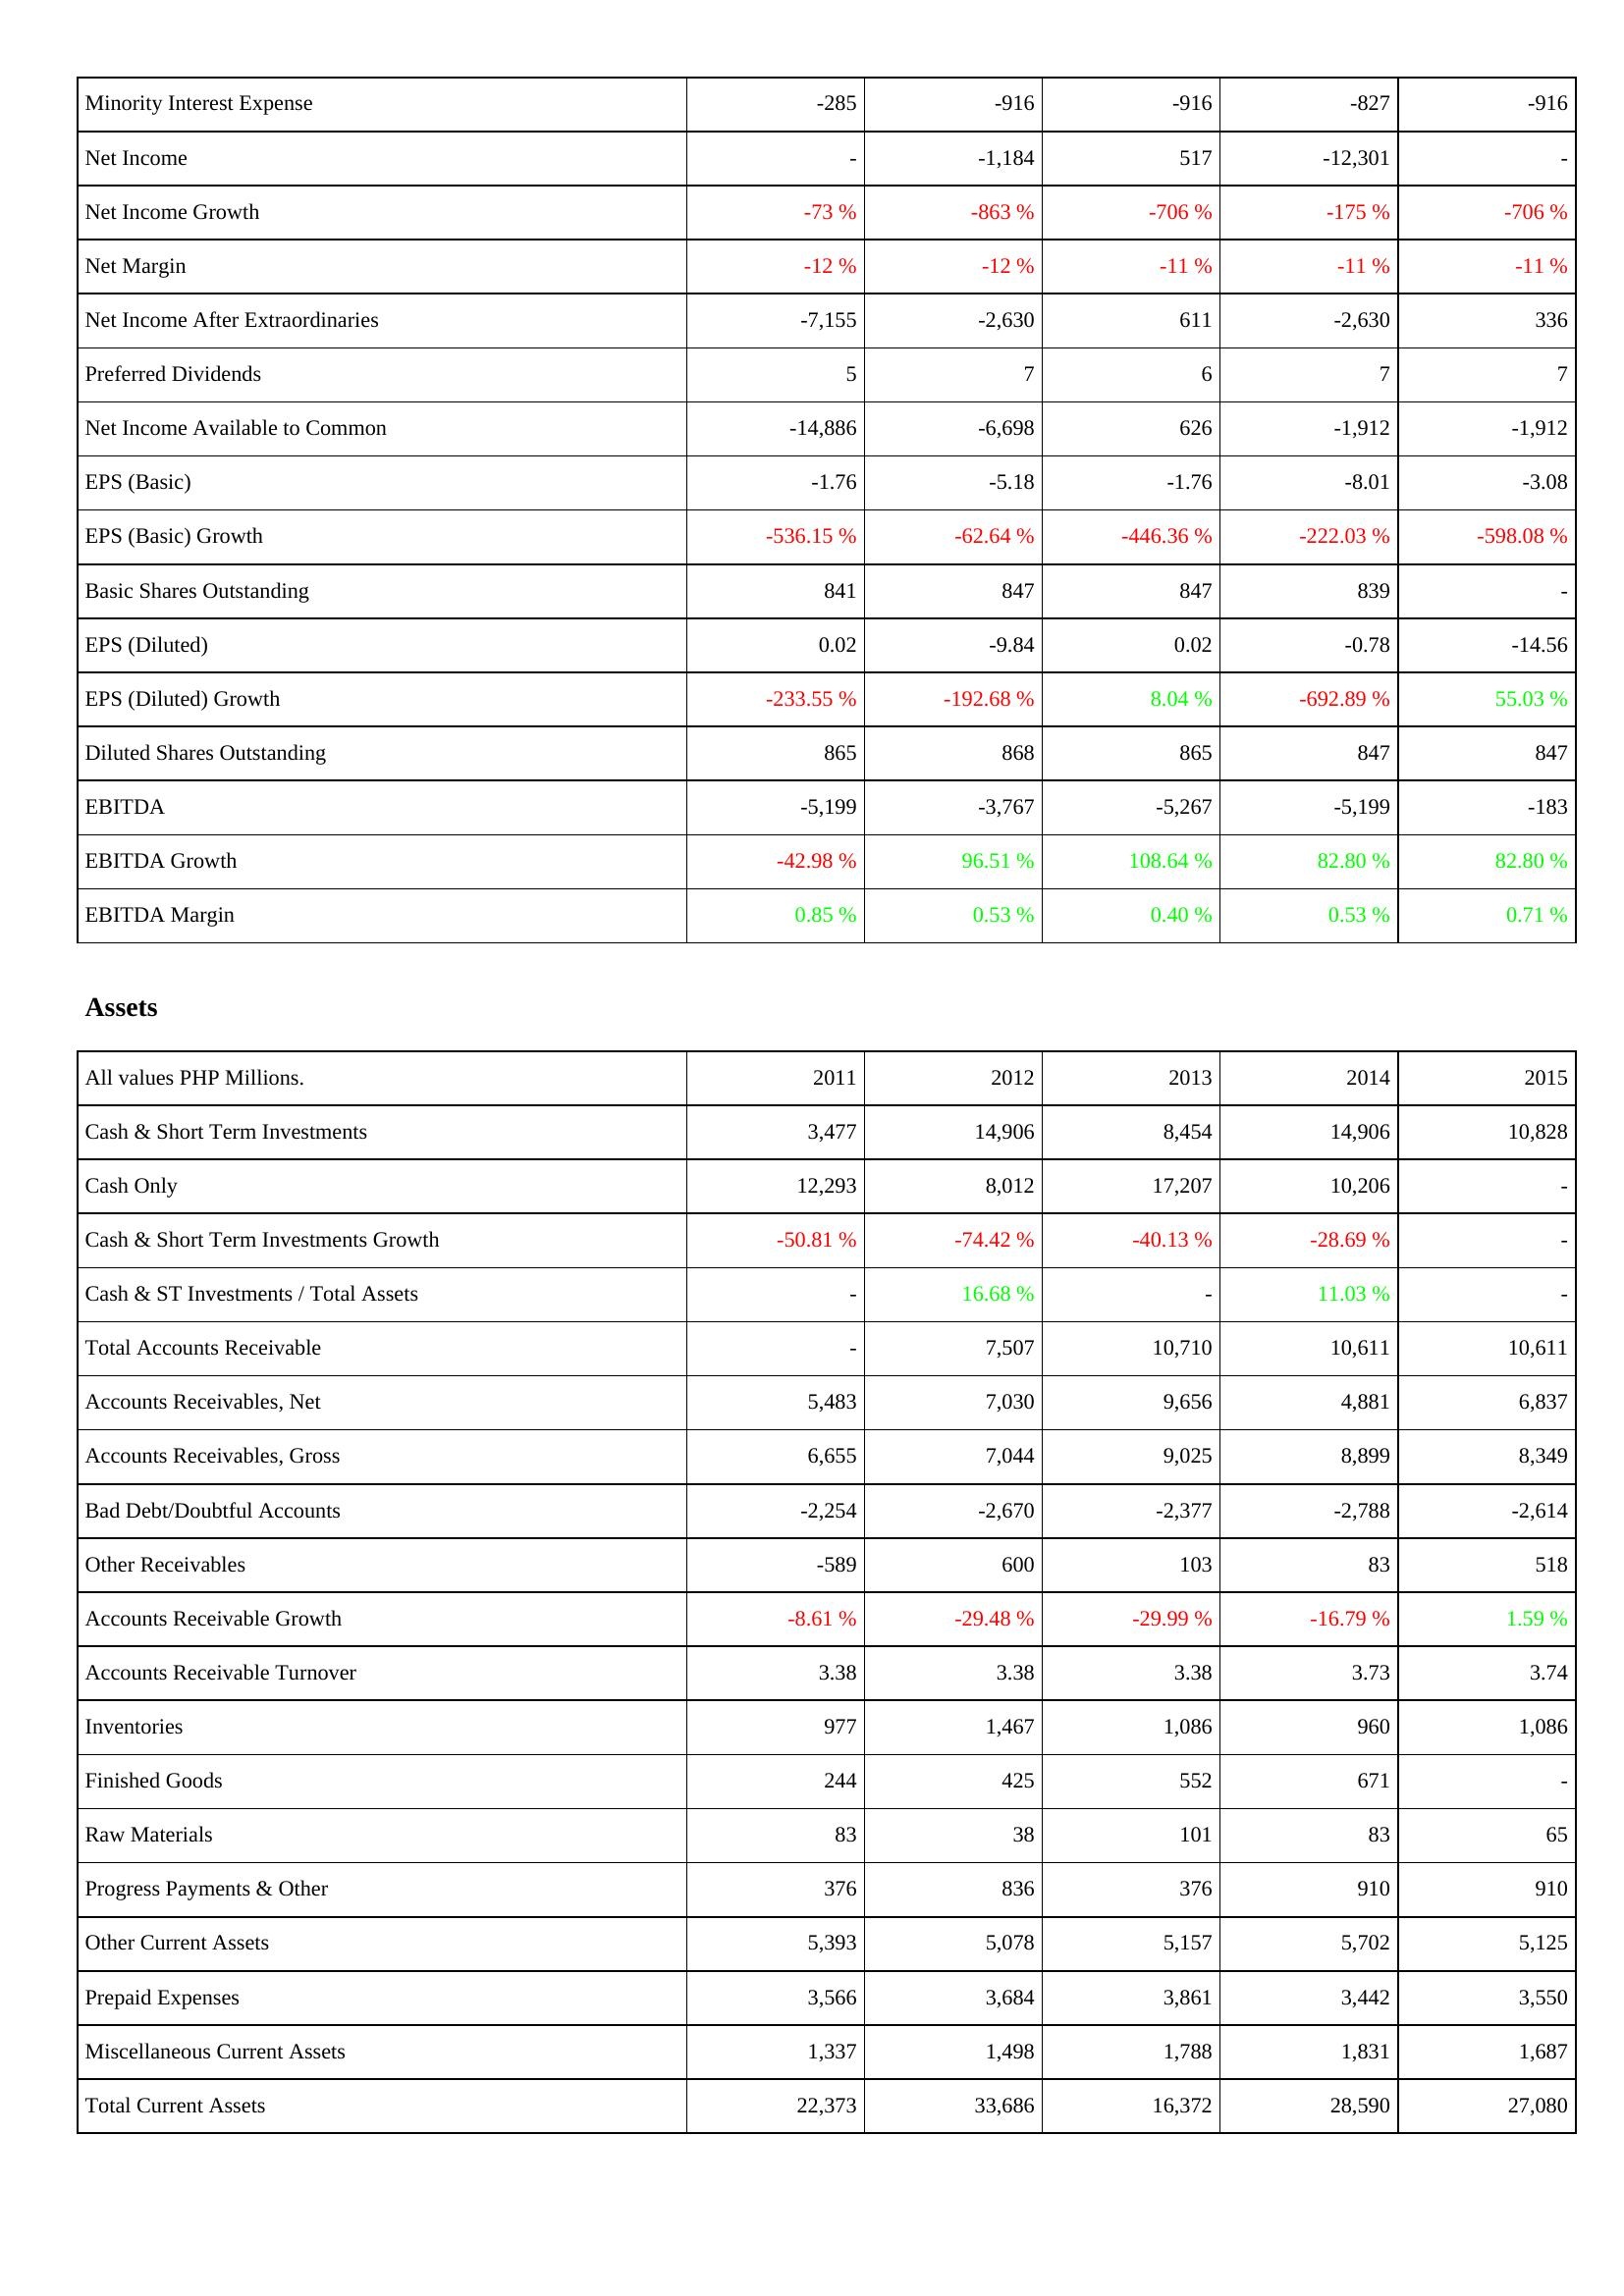
2011: Income Statement: Minority Interest Expense: -285
Net Income: -
Net Income Growth: -73 %
Net Margin: -12 %
Net Income After Extraordinaries: -7,155
Preferred Dividends: 5
Net Income Available to Common: -14,886
EPS (Basic): -1.76
EPS (Basic) Growth: -536.15 %
Basic Shares Outstanding: 841
EPS (Diluted): 0.02
EPS (Diluted) Growth: -233.55 %
Diluted Shares Outstanding: 865
EBITDA: -5,199
EBITDA Growth: -42.98 %
EBITDA Margin: 0.85 %
Assets: Cash & Short Term Investments: 3,477
Cash Only: 12,293
Cash & Short Term Investments Growth: -50.81 %
Cash & ST Investments / Total Assets: -
Total Accounts Receivable: -
Accounts Receivables, Net: 5,483
Accounts Receivables, Gross: 6,655
Bad Debt/Doubtful Accounts: -2,254
Other Receivables: -589
Accounts Receivable Growth: -8.61 %
Accounts Receivable Turnover: 3.38
Inventories: 977
Finished Goods: 244
Raw Materials: 83
Progress Payments & Other: 376
Other Current Assets: 5,393
Prepaid Expenses: 3,566
Miscellaneous Current Assets: 1,337
Total Current Assets: 22,373
2012: Income Statement: Minority Interest Expense: -916
Net Income: -1,184
Net Income Growth: -863 %
Net Margin: -12 %
Net Income After Extraordinaries: -2,630
Preferred Dividends: 7
Net Income Available to Common: -6,698
EPS (Basic): -5.18
EPS (Basic) Growth: -62.64 %
Basic Shares Outstanding: 847
EPS (Diluted): -9.84
EPS (Diluted) Growth: -192.68 %
Diluted Shares Outstanding: 868
EBITDA: -3,767
EBITDA Growth: 96.51 %
EBITDA Margin: 0.53 %
Assets: Cash & Short Term Investments: 14,906
Cash Only: 8,012
Cash & Short Term Investments Growth: -74.42 %
Cash & ST Investments / Total Assets: 16.68 %
Total Accounts Receivable: 7,507
Accounts Receivables, Net: 7,030
Accounts Receivables, Gross: 7,044
Bad Debt/Doubtful Accounts: -2,670
Other Receivables: 600
Accounts Receivable Growth: -29.48 %
Accounts Receivable Turnover: 3.38
Inventories: 1,467
Finished Goods: 425
Raw Materials: 38
Progress Payments & Other: 836
Other Current Assets: 5,078
Prepaid Expenses: 3,684
Miscellaneous Current Assets: 1,498
Total Current Assets: 33,686
2013: Income Statement: Minority Interest Expense: -916
Net Income: 517
Net Income Growth: -706 %
Net Margin: -11 %
Net Income After Extraordinaries: 611
Preferred Dividends: 6
Net Income Available to Common: 626
EPS (Basic): -1.76
EPS (Basic) Growth: -446.36 %
Basic Shares Outstanding: 847
EPS (Diluted): 0.02
EPS (Diluted) Growth: 8.04 %
Diluted Shares Outstanding: 865
EBITDA: -5,267
EBITDA Growth: 108.64 %
EBITDA Margin: 0.40 %
Assets: Cash & Short Term Investments: 8,454
Cash Only: 17,207
Cash & Short Term Investments Growth: -40.13 %
Cash & ST Investments / Total Assets: -
Total Accounts Receivable: 10,710
Accounts Receivables, Net: 9,656
Accounts Receivables, Gross: 9,025
Bad Debt/Doubtful Accounts: -2,377
Other Receivables: 103
Accounts Receivable Growth: -29.99 %
Accounts Receivable Turnover: 3.38
Inventories: 1,086
Finished Goods: 552
Raw Materials: 101
Progress Payments & Other: 376
Other Current Assets: 5,157
Prepaid Expenses: 3,861
Miscellaneous Current Assets: 1,788
Total Current Assets: 16,372
2014: Income Statement: Minority Interest Expense: -827
Net Income: -12,301
Net Income Growth: -175 %
Net Margin: -11 %
Net Income After Extraordinaries: -2,630
Preferred Dividends: 7
Net Income Available to Common: -1,912
EPS (Basic): -8.01
EPS (Basic) Growth: -222.03 %
Basic Shares Outstanding: 839
EPS (Diluted): -0.78
EPS (Diluted) Growth: -692.89 %
Diluted Shares Outstanding: 847
EBITDA: -5,199
EBITDA Growth: 82.80 %
EBITDA Margin: 0.53 %
Assets: Cash & Short Term Investments: 14,906
Cash Only: 10,206
Cash & Short Term Investments Growth: -28.69 %
Cash & ST Investments / Total Assets: 11.03 %
Total Accounts Receivable: 10,611
Accounts Receivables, Net: 4,881
Accounts Receivables, Gross: 8,899
Bad Debt/Doubtful Accounts: -2,788
Other Receivables: 83
Accounts Receivable Growth: -16.79 %
Accounts Receivable Turnover: 3.73
Inventories: 960
Finished Goods: 671
Raw Materials: 83
Progress Payments & Other: 910
Other Current Assets: 5,702
Prepaid Expenses: 3,442
Miscellaneous Current Assets: 1,831
Total Current Assets: 28,590
2015: Income Statement: Minority Interest Expense: -916
Net Income: -
Net Income Growth: -706 %
Net Margin: -11 %
Net Income After Extraordinaries: 336
Preferred Dividends: 7
Net Income Available to Common: -1,912
EPS (Basic): -3.08
EPS (Basic) Growth: -598.08 %
Basic Shares Outstanding: -
EPS (Diluted): -14.56
EPS (Diluted) Growth: 55.03 %
Diluted Shares Outstanding: 847
EBITDA: -183
EBITDA Growth: 82.80 %
EBITDA Margin: 0.71 %
Assets: Cash & Short Term Investments: 10,828
Cash Only: -
Cash & Short Term Investments Growth: -
Cash & ST Investments / Total Assets: -
Total Accounts Receivable: 10,611
Accounts Receivables, Net: 6,837
Accounts Receivables, Gross: 8,349
Bad Debt/Doubtful Accounts: -2,614
Other Receivables: 518
Accounts Receivable Growth: 1.59 %
Accounts Receivable Turnover: 3.74
Inventories: 1,086
Finished Goods: -
Raw Materials: 65
Progress Payments & Other: 910
Other Current Assets: 5,125
Prepaid Expenses: 3,550
Miscellaneous Current Assets: 1,687
Total Current Assets: 27,080